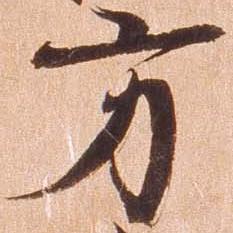
方